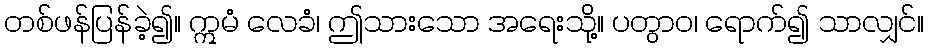
တစ်ဖန်ပြန်ခဲ့၍။ ဣမံ လေခံ၊ ဤသားသော အရေးသို့။ ပတွာဝ၊ ရောက်၍ သာလျှင်။